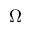
\Omega